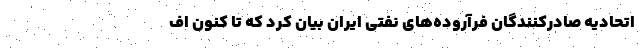
اتحادیه صادرکنندگان فرآروده‌های نفتی ایران بیان کرد که تا کنون اف